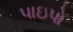
પાઇપો